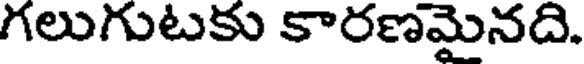
గలుగుటకు కారణమైనది.